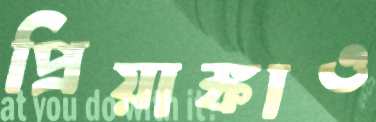
প্রিয়াঙ্কাও